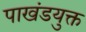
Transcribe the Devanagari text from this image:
पाखंडयुक्त